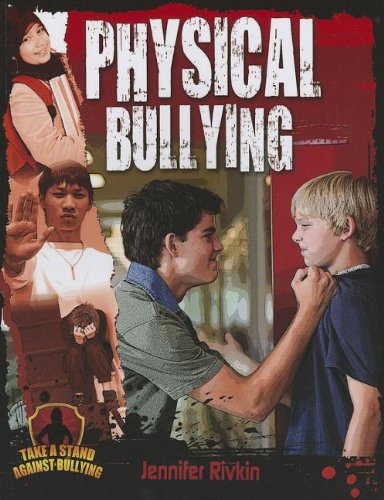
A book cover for Physical Bullying (Take a Stand Against Bullying (Crabtree)); Jennifer Rivkin; Teen & Young Adult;